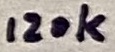
Text: 120k